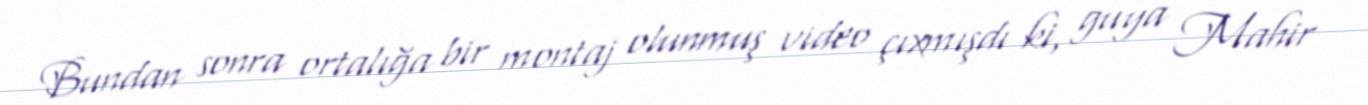
Bundan sonra ortalığa bir montaj olunmuş video çıxmışdı ki, guya Mahir